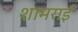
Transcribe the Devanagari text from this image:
शामराई